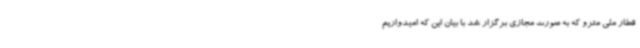
قطار ملی مترو که به صورت مجازی برگزار شد با بیان این که امیدواریم